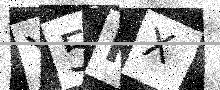
Text: Y5FX